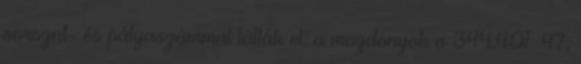
sorozat- és pályaszámmal látták el: a mozdonyok a 344.401–47,